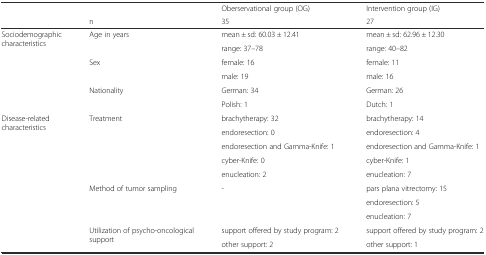
| <ROWSPAN=2>  |  | Oberservational group (OG) | Intervention group (IG) |
 | n | 35 | 27 |
 | --- | --- | --- | --- |
 | <ROWSPAN=6> Sociodemographic characteristics | <ROWSPAN=2> Age in years | mean ± sd: 60.03 ± 12.41 | mean ± sd: 62.96 ± 12.30 |
 | range: 37–78 | range: 40–82 |
 | <ROWSPAN=2> Sex | female: 16 | female: 11 |
 | male: 19 | male: 16 |
 | <ROWSPAN=2> Nationality | German: 34 | German: 26 |
 | Polish: 1 | Dutch: 1 |
 | <ROWSPAN=10> Disease-related characteristics | <ROWSPAN=5> Treatment | brachytherapy: 32 | brachytherapy: 14 |
 | endoresection: 0 | endoresection: 4 |
 | endoresection and Gamma-Knife: 1 | endoresection and Gamma-Knife: 1 |
 | cyber-Knife: 0 | cyber-Knife: 1 |
 | enucleation: 2 | enucleation: 7 |
 | <ROWSPAN=3> Method of tumor sampling | <ROWSPAN=3> - | pars plana vitrectomy: 15 |
 | endoresection: 5 |
 | enucleation: 7 |
 | <ROWSPAN=2> Utilization of psycho-oncological support | support offered by study program: 2 | support offered by study program: 2 |
 | other support: 2 | other support: 1 |